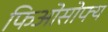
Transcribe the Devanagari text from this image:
फिओसोफ्य